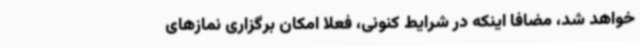
خواهد شد، مضافا اینکه در شرایط کنونی، فعلاً امکان برگزاری نمازهای